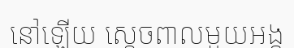
នៅឡើយ ស្តេចពាលមួយអង្គ